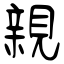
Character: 親